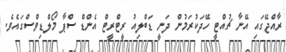
ރާއްޖޭގައި އޭނާ ޗުއްޓީ ހޭދަކުރަމުން ދަނީ ޑަބްލިއު ރީޓްރީޓް އެންޑް ސްޕާ މޯލްޑިވްސްގައެވެ.